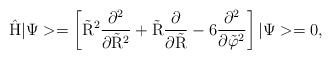
\begin{align*}\rm \hat H |\Psi> = \left[\tilde R^2 \frac{\partial^2}{\partial \tilde R^2}+\tilde R\frac{\partial}{\partial \tilde R} -6 \frac{\partial^2}{\partial \tilde \varphi^2} \right ] |\Psi> =0, \end{align*}